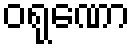
ဝရုဏော